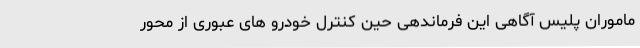
ماموران پلیس آگاهی این فرماندهی حین کنترل خودرو های عبوری از محور